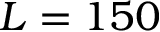
L = 1 5 0